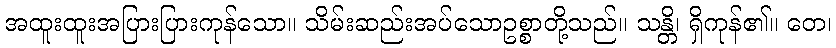
အထူးထူးအပြားပြားကုန်သော။ သိမ်းဆည်းအပ်သောဥစ္စာတို့သည်။ သန္တိ၊ ရှိကုန်၏။ တေ၊